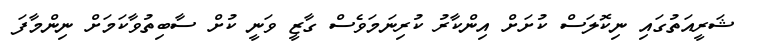
ޝަރީއަތުގައި ނިކޮލަސް ކުށަށް އިންކާރު ކުރިނަމަވެސް ގާޒީ ވަނީ ކުށް ސާބިތުވާކަމަށް ނިންމާފަ